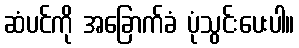
ဆံပင်ကို အခြောက်ခံ ပုံသွင်းပေးပါ။